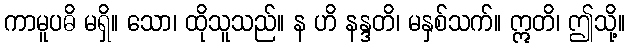
ကာမူပဓိ မရှိ။ သော၊ ထိုသူသည်။ န ဟိ နန္ဒတိ၊ မနှစ်သက်။ ဣတိ၊ ဤသို့။